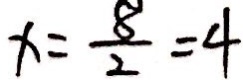
x = \frac { 8 } { 2 } = 4